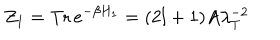
LaTeX: Z _ { 1 } = \mathrm { T r } \, e ^ { - \beta H _ { 1 } } = ( 2 l + 1 ) A \lambda _ { T } ^ { - 2 }